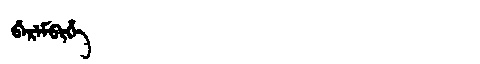
Manchu: ᠪᡝᡵᡝᠮᠪᡳᡥᡝ
Romanization: BEREMBIHE